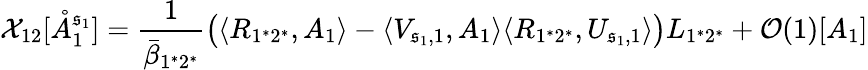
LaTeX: \mathcal{X}_{12}[\mathring{A}_{1}^{\mathfrak{s}_{1}}]=\frac{1}{\bar{\beta}_{1^{*}2^{*}}}\big(\langle R_{1^{*}2^{*}},A_{1}\rangle-\langle V_{\mathfrak{s}_{1},1},A_{1}\rangle\langle R_{1^{*}2^{*}},U_{\mathfrak{s}_{1},1}\rangle\big)L_{1^{*}2^{*}}+\mathcal{O}(1)[A_{1}]